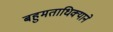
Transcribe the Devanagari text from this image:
बहुमताधिक्याने